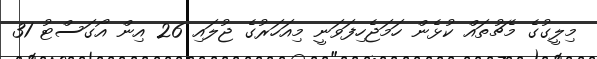
މިލީގުގެ މެޗުތައް ކުޅެން ހަމަޖެހިފަވަނީ މިއަހަރުގެ ޖުލައި 26 އިން އޯގަސްޓު 31